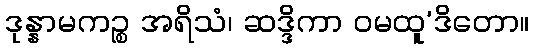
ဒုန္နာမကဉ္စ အရိသံ၊ ဆဒ္ဒိကာ ဝမထူ’ဒိတော။